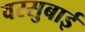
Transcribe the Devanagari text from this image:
वरसुबाई